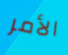
الأمر